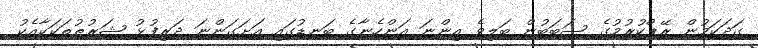
ގަދަކަމުން ރޭޕްކުރުމުގެ ސަބަބުން ބަލިވެ އިންނަ އަންހެނާގެ ބަނޑުގައި އަށަގަންނަ ދަރިފުޅު ޝަރުޠުތަކަކާއެކު